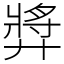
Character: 㢡